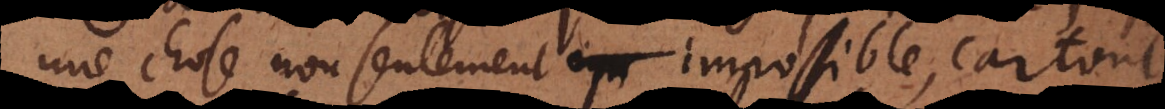
une chose non seulement impossible,